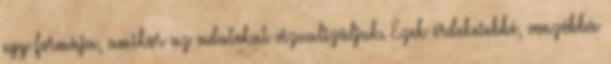
egy formája, amikor az adatokat vizualizáljuk. Ezek érdekesebbé, vonzóbbá